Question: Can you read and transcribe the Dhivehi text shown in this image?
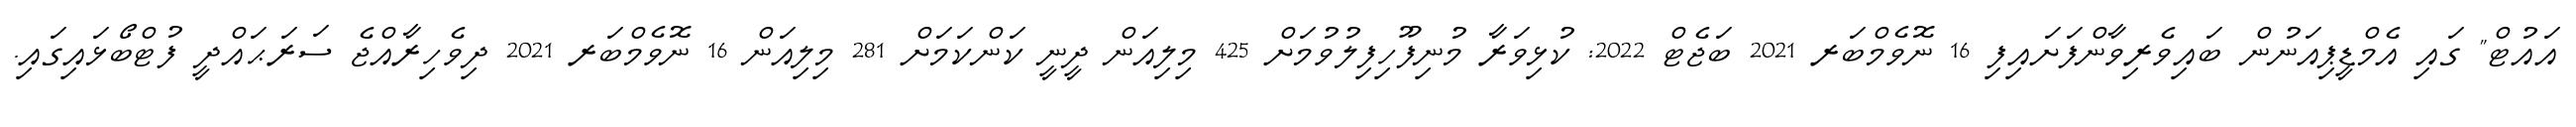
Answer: އައުޓް" ގައި އެމްޑީޕިއަނުން ބައިވެރިވާންފަށައިފި 16 ނޮވެމްބަރ 2021 ބަޖެޓް 2022: ކުޅިވަރާ މުނިފޫހިފިލުވުމަށް 425 މިލިއަން ދީނީ ކަންކަމަށް 281 މިލިއަން 16 ނޮވެމްބަރ 2021 ދިވެހިރާއްޖެ ސަރަޙައްދީ ފުޓްބޯޅައިގައި.